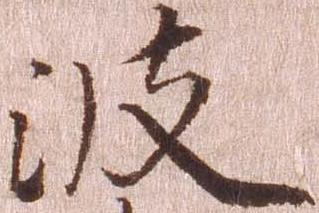
波